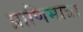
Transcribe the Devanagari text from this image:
प्राणिमात्रा